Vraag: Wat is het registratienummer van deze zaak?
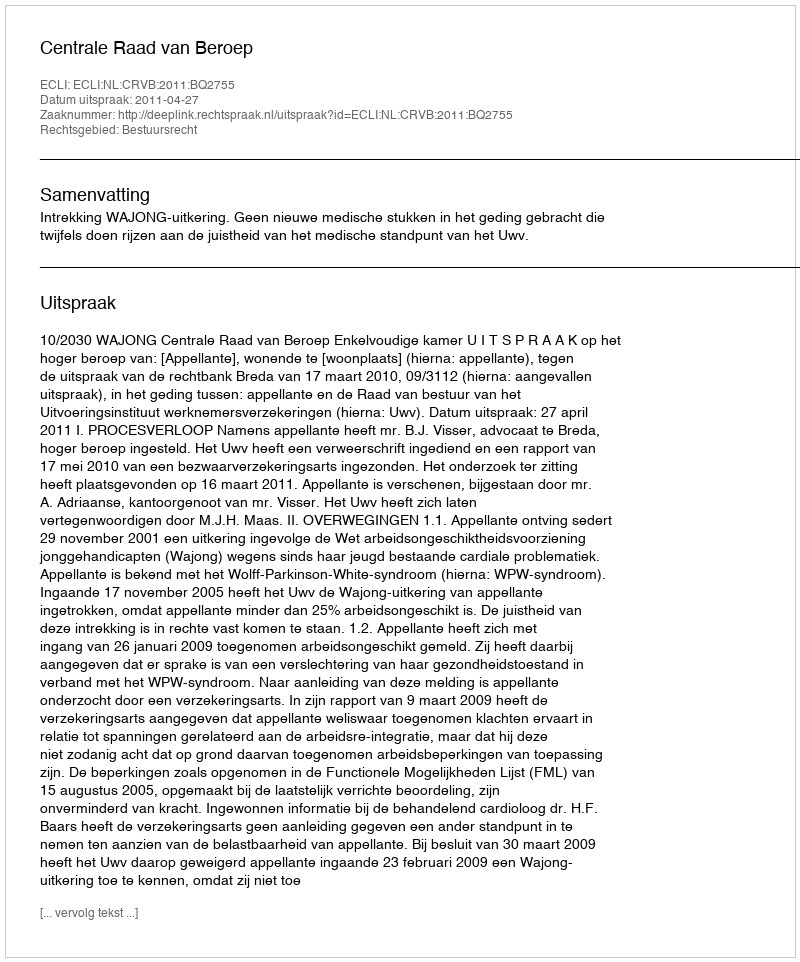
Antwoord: http://deeplink.rechtspraak.nl/uitspraak?id=ECLI:NL:CRVB:2011:BQ2755